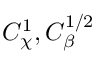
{ C } _ { \chi } ^ { 1 } , { C } _ { \beta } ^ { 1 / 2 }